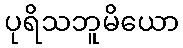
ပုရိသဘူမိယော